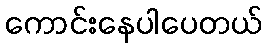
ကောင်းနေပါပေတယ်